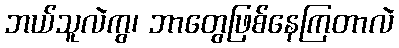
ဘယ်သူလဲကွ၊ ဘာတွေဖြစ်နေကြတာလဲ